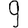
Digit: 9